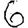
Digit: 6